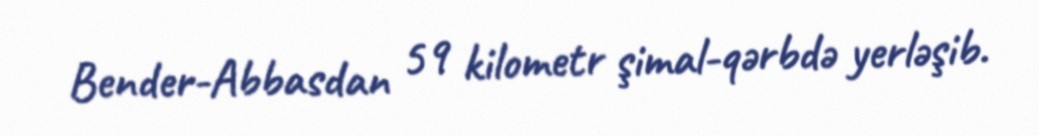
Bender-Abbasdan 59 kilometr şimal-qərbdə yerləşib.